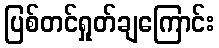
ပြစ်တင်ရှုတ်ချကြောင်း